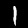
Label: 1